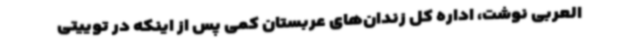
العربی نوشت، اداره کل زندان‌های عربستان کمی پس از اینکه در توییتی